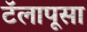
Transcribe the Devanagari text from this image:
टॅलापूसा